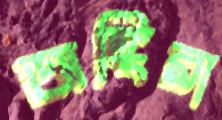
অঙ্গিরা